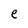
Character: e